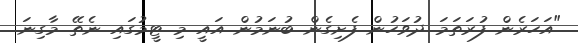
"އަހަރެން ފުރަތަމަ ދުވަހުން ފެށިގެން ބުނަމުން އައީ މި ޓީމުގައި ނެތޭ މާގިނަ